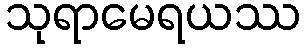
သုရာမေရယဿ